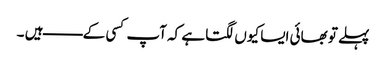
پہلے تو بھائی ایسا کیوں لگتا ہے کہ آپ کسی کے ـــــــــ ہیں ۔